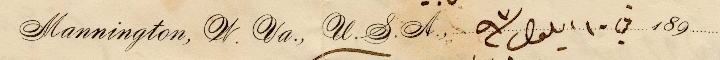
Mannington, N. Va. U.S.A., في ١٠ ايلول سنة ٩٣ 189